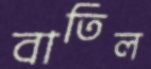
বাতিল